Civil Veterinary Dept. North-West Frontier Province 1933-46 - 1933-1946
Year: 1933
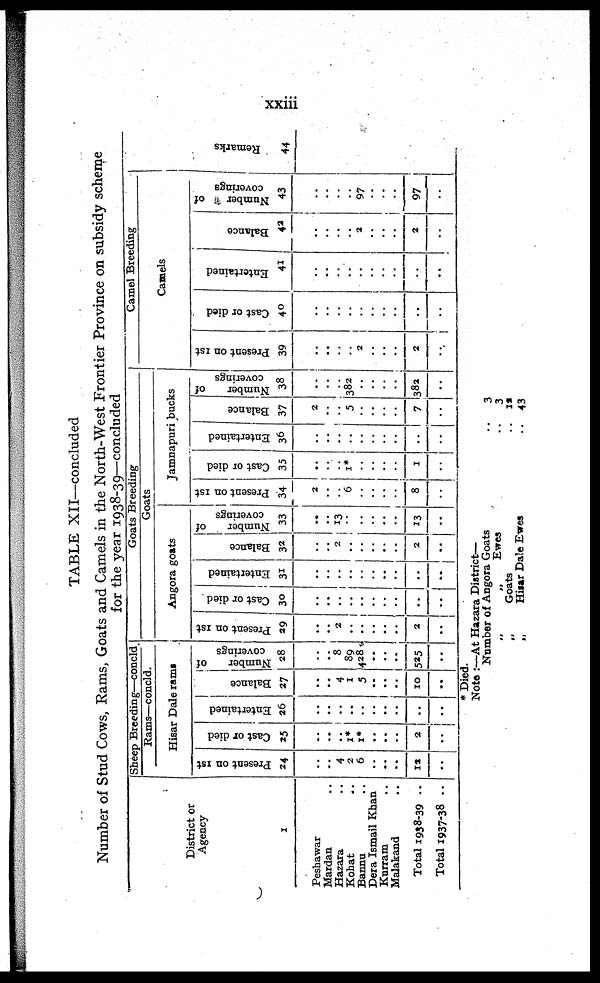
xxiii
TABLE XII—concluded
Number of Stud Cows, Rams, Goats and Camels in the North-West Frontier Province on subsidy scheme
for the year 1938-39—concluded
District or
Agency
1
Peshawar
Mardan ..
Hazara ..
Kohat ..
Bannu ..
Dera Ismail Khan
Kurram ..
Malakand ..
Total 1938-39 ..
Total 1937-38 ..
Sheep Breeding—concld.
Rams—concld.
Hisar Dale rams
Present on 1st
24
..
..
4
2
6
..
..
..
12
..
Cast or died
25
..
..
..
1*
1*
..
..
..
2
..
Entertained
26
..
..
..
..
..
..
..
..
..
..
Balance
27
..
..
4
1
5
..
..
..
10
..
Number
of
coverings
28
..
..
8
89
428
..
..
..
525
..
Goats Breeding.
Goats
Angora goats
Present on 1st
29
..
..
2
..
..
..
..
..
2
..
Cast or died
30
..
..
..
..
..
..
..
..
..
..
Entertained
31
..
..
..
..
..
..
..
..
..
..
Balance
32
..
..
2
..
..
..
..
..
2
..
Number
of
coverings
33
..
..
13
..
..
..
..
..
13
..
Jamnapuri bucks
Present on 1st
34
2
6
..
8
..
Cast or died
35
..
..
..
1*
..
..
..
..
1
..
Entertained
36
..
..
..
..
..
..
..
..
..
..
Balance
37
2
5
..
7
..
Number
of
coverings
38
..
..
..
382
..
..
..
..
382
..
Camel Breeding
Camels
Present on 1st
39
..
..
..
..
2
..
..
..
2
..
Cast or died
40
..
..
..
..
..
..
..
..
..
..
Entertained
41
..
..
..
. .
..
..
..
..
..
..
Balance
42
..
..
..
..
2
..
..
..
2
..
Number
of
coverings
43
..
..
..
..
97
..
..
..
97
..
Re ma r
ks
44
..
..
..
..
..
..
..
..
..
..
* Died.
Note :—At Hazara District—
Number of Angora Goats
„
„
Ewes
„
Goats
„
Hisar Dale Ewes
.. 3
.. 3
.. 12
.. 43